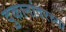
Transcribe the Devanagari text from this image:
दुकानांवरच्या